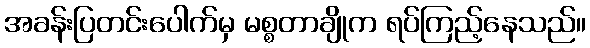
အခန်းပြတင်းပေါက်မှ မစ္စတာချိုက ရပ်ကြည့်နေသည်။